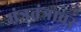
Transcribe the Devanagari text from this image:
मंत्रतंत्रावर